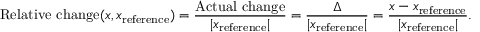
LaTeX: { \mathrm { R e l a t i v e ~ c h a n g e } } ( x , x _ { \mathrm { r e f e r e n c e } } ) = { \frac { \mathrm { A c t u a l ~ c h a n g e } } { | x _ { \mathrm { r e f e r e n c e } } | } } = { \frac { \Delta } { | x _ { \mathrm { r e f e r e n c e } } | } } = { \frac { x - x _ { \mathrm { r e f e r e n c e } } } { | x _ { \mathrm { r e f e r e n c e } } | } } .